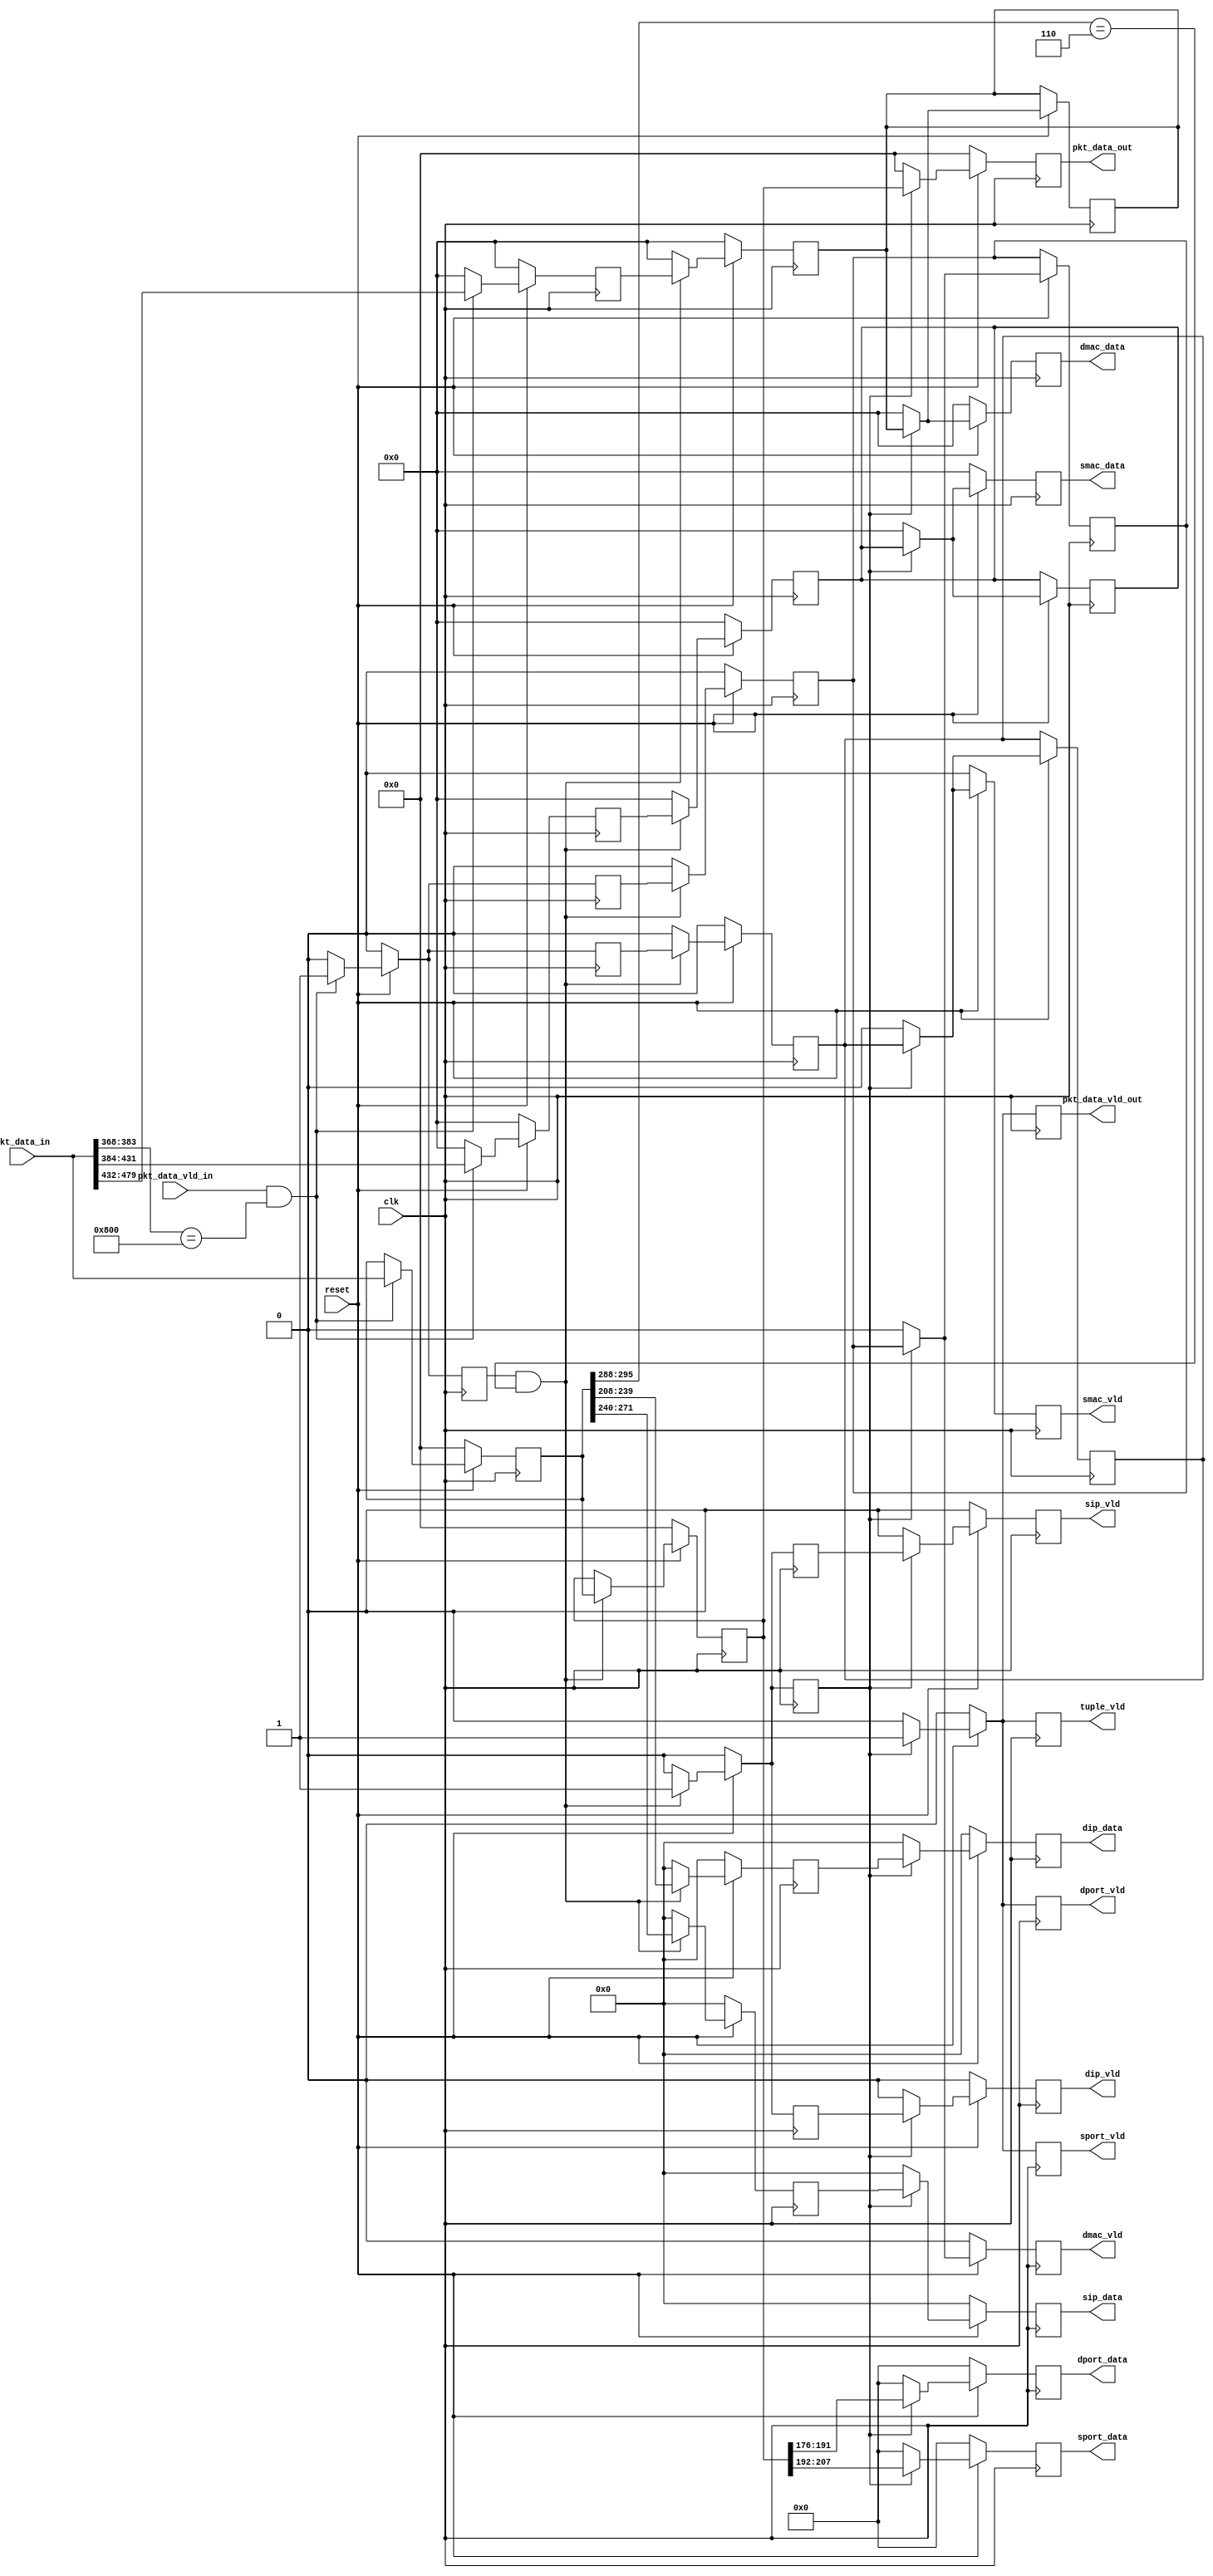
`timescale 1ns / 1ps
`define NULL 0
// Coder:	joe
// Description:
//	ipv4
//  out_wr
//  
//	| dmac | smac | sip | dip | sport | dport |
//    0:47  48:95  208:239  240:271  272:287    288:303   
//  ipv4:96:111:0x0800    tcp:184:191:0x06
//  tcp tuple_vld 10vld
//  

module ipv4parser#(
		parameter DATA_WIDTH = 480,
		parameter CTRL_WIDTH=32,
		parameter STAGE_NUMBER = 2,
		parameter NUM_QUEUES = 8
	) (
		input                         pkt_data_vld_in,
		input [DATA_WIDTH-1:0]        pkt_data_in,
		
		output                     tuple_vld,
		
		output                     dmac_vld,
		output  [48-1:0]           dmac_data,
		
		output                     smac_vld,
		output  [48-1:0]           smac_data,
		
		output                     sip_vld,
		output  [32-1:0]           sip_data,
		
		output                     dip_vld,
		output  [32-1:0]           dip_data,
		
		output                     sport_vld,
		output  [16-1:0]           sport_data,
		
		output                     dport_vld,
		output  [16-1:0]           dport_data,
		
		output                     pkt_data_vld_out,
		output  [DATA_WIDTH-1:0]   pkt_data_out,
		
		input clk,
		input reset
	);
	
	reg pkt_data_vld_in_1;
	reg pkt_data_vld_in_2;
	reg pkt_data_vld_in_3;
	
	reg tuple_vld_1;
	reg tuple_vld_2;
	reg tuple_vld_3;
	
	reg          dmac_vld_0;
	reg [48-1:0] dmac_data_0;
	reg          smac_vld_0;
	reg [48-1:0] smac_data_0;
	
	reg          dmac_vld_1;
	reg [48-1:0] dmac_data_1;
	reg          smac_vld_1;
	reg [48-1:0] smac_data_1;
	
	reg          dmac_vld_2;
	reg [48-1:0] dmac_data_2;
	reg          smac_vld_2;
	reg [48-1:0] smac_data_2;
	
	reg          sip_vld_0;
	reg [32-1:0] sip_data_0;
	reg	         dip_vld_0;
	reg [32-1:0] dip_data_0;
	
	reg          sip_vld_1;
	reg [32-1:0] sip_data_1;
	reg	         dip_vld_1;
	reg [32-1:0] dip_data_1;
	
	reg          sp_vld_0 ;
	reg [16-1:0]  sp_data_0;
	reg	         dp_vld_0 ;
	reg [16-1:0]  dp_data_0;         
	
	reg [DATA_WIDTH-1:0] pkt_data_in_1;
	reg [DATA_WIDTH-1:0] pkt_data_in_2;
	reg [DATA_WIDTH-1:0] pkt_data_in_3;
	
	//wire [0:15] ipindex;
	//assign ipindex = pkt_data_in[383:368];
	wire [0:7] tcpindex;
	assign tcpindex = pkt_data_in_1[295:288];
	assign dmac_vld = 	dmac_vld_2;
	assign dmac_data = 	dmac_data_2;
	assign smac_vld = 	smac_vld_2;
	assign smac_data = 	smac_data_2;
	assign sip_vld = 	sip_vld_1;
	assign sip_data = 	sip_data_1;
	assign dip_vld = 	dip_vld_1;
	assign dip_data = 	dip_data_1;
	assign sport_vld = 	sp_vld_0;
	assign sport_data = sp_data_0;
	assign dport_vld = 	dp_vld_0;
	assign dport_data = 	dp_data_0;
	assign pkt_data_vld_out = 	pkt_data_vld_in_3;
	assign pkt_data_out     = 	pkt_data_in_3;
	assign tuple_vld = tuple_vld_3;
	
	wire v1;
	assign v1 = pkt_data_vld_in && pkt_data_in[383:368] == 16'h0800;
	wire v2;
	assign v2 = tuple_vld_1 && pkt_data_in_1[295:288] == 8'h06;
	wire v3;
	assign v3 = tuple_vld_2;
	
	always@(posedge clk)begin
		if(!reset)begin
			dmac_vld_0 <= 0;
			dmac_data_0 <= 0;
			smac_vld_0 <= 0;
			smac_data_0 <= 0;
			
			pkt_data_vld_in_1 <= 0;
			pkt_data_in_1 <= 0;
			tuple_vld_1 <= 0;
			
		end else begin
			if(v1)begin
				dmac_vld_0 <= 1;
				dmac_data_0 <= pkt_data_in[479:432];
				smac_vld_0 <= 1;
				smac_data_0 <= pkt_data_in[431:384];
				pkt_data_vld_in_1 <= 1;
				pkt_data_in_1 <= pkt_data_in;
				tuple_vld_1 <= 1;
			end else begin
				dmac_vld_0 <= 0;
				dmac_data_0 <= 0;
				pkt_data_vld_in_1 <= 0;
				tuple_vld_1 <= 0;
				smac_vld_0 <= 0;
				smac_data_0 <= 0;
			end
		end
	end 
	
	always@(posedge clk)begin
		if(!reset)begin
		
			pkt_data_vld_in_2 <= 0;
			pkt_data_in_2 <= 0;
			tuple_vld_2 <= 0;
			
			dmac_vld_1 <= 0;
			dmac_data_1 <= 0;
			smac_vld_1 <= 0;
			smac_data_1 <= 0;
			
			sip_vld_0 <= 0;
			sip_data_0 <= 0;
			dip_vld_0 <= 0;
			dip_data_0 <= 0;
		end else begin
			if(v2)begin
				sip_vld_0 <= 1;
				sip_data_0 <= pkt_data_in_1[271:240];
				dip_vld_0 <= 1;
				dip_data_0 <= pkt_data_in_1[239:208];
				
				pkt_data_vld_in_2 <= 1;
				pkt_data_in_2 <= pkt_data_in_1;
				tuple_vld_2 <= 1;
				
				dmac_vld_1 <=  dmac_vld_0;
				dmac_data_1 <= dmac_data_0;
				smac_vld_1 <=  smac_vld_0;
				smac_data_1 <= smac_data_0;
			end else begin
				sip_vld_0 <= 0;
				sip_data_0 <= 0;
				dip_vld_0 <= 0;
				dip_data_0 <= 0;
				pkt_data_vld_in_2 <= 0;
				tuple_vld_2 <= 0;
				dmac_vld_1 <=  0;
				dmac_data_1 <= 0;
				smac_vld_1 <=  0;
				smac_data_1 <= 0;
			end
		end
	end 
	
	always@(posedge clk)begin
		if(!reset)begin
			pkt_data_vld_in_3 <= 0;
			pkt_data_in_3 <= 0;
			tuple_vld_3 <= 0;
		
			dmac_vld_2 <= 0;
			dmac_data_2 <= 0;
			smac_vld_2 <= 0;
			smac_data_2 <= 0;
			
			sip_vld_1 <= 0;
			sip_data_1 <= 0;
			dip_vld_1 <= 0;
			dip_data_1 <= 0;
			
			sp_vld_0 <= 0;
			sp_data_0 <= 0;
			dp_vld_0 <= 0;
			dp_data_0 <= 0;
		end else begin
			if(v3)begin
				sp_vld_0 <= 1;
				sp_data_0 <= pkt_data_in_2[207:192];
				dp_vld_0 <= 1;
				dp_data_0 <= pkt_data_in_2[191:176];
				
				pkt_data_vld_in_3 <= 1;
				pkt_data_in_3 <= pkt_data_in_2;
				tuple_vld_3 <= 1;
				
				dmac_vld_2 <=  dmac_vld_1;
				dmac_data_2 <= dmac_data_1;
				smac_vld_2 <=  smac_vld_1;
				smac_data_2 <= smac_data_1;
				
				sip_vld_1 <=  sip_vld_0; 
				sip_data_1 <= sip_data_0;
				dip_vld_1 <=  dip_vld_0; 
				dip_data_1 <= dip_data_0;
			end else begin
				sp_vld_0 <= 0;
				sp_data_0 <= 0;
				dp_vld_0 <= 0;
				dp_data_0 <= 0;
				pkt_data_vld_in_3 <= 0;
				tuple_vld_3 <= 0;
				pkt_data_in_3 <= 0;
				dmac_vld_1 <=  0;
				dmac_data_1 <= 0;
				smac_vld_1 <=  0;
				smac_data_1 <= 0;
				sip_vld_1 <= 0;
		    	sip_data_1 <= 0;
				dip_vld_1 <= 0;
				dip_data_1 <= 0;
				dmac_vld_2 <= 0;
				dmac_data_2 <= 0;
				smac_vld_2 <= 0;
				smac_data_2 <= 0;
			end
		end
	end
endmodule